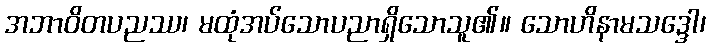
အဘာဝိတပညဿ၊ မထုံအပ်သောပညာရှိသောသူ၏။ သောဟိနာမသဒ္ဒေါ၊